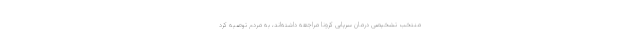
منتخب تشخیصی درمان سرپایی کرونا مراجعه داشته‌اند، به مردم توصیه کرد